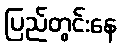
ပြည်တွင်းနေ